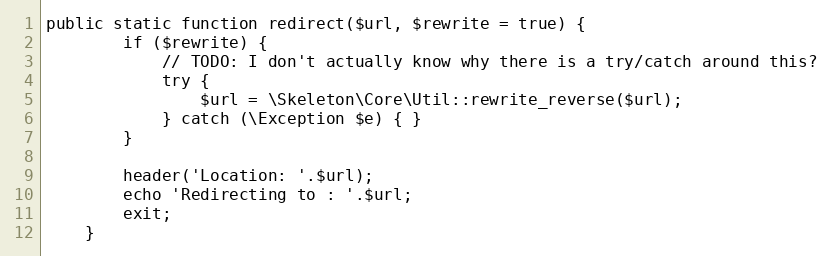
Language: PHP
public static function redirect($url, $rewrite = true) {
		if ($rewrite) {
			// TODO: I don't actually know why there is a try/catch around this?
			try {
				$url = \Skeleton\Core\Util::rewrite_reverse($url);
			} catch (\Exception $e) { }
		}

		header('Location: '.$url);
		echo 'Redirecting to : '.$url;
		exit;
	}